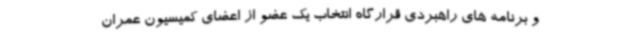
و برنامه های راهبردی قرارگاه انتخاب یک عضو از اعضای کمیسیون عمران